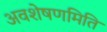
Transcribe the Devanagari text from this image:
अवशेषणमिति